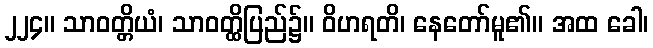
၂၂၄။ သာဝတ္တိယံ၊ သာဝတ္ထိပြည်၌။ ဝိဟရတိ၊ နေတော်မူ၏။ အထ ခေါ၊